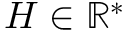
H \in \mathbb { R } ^ { * }